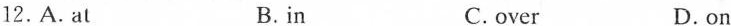
12.A.At B.in C.over D.on